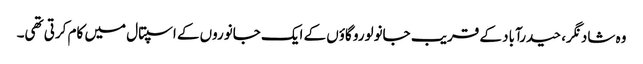
وہ شاد نگر، حیدرآباد کے قریب جانولورو گاؤں کے ایک جانوروں کے اسپتال میں کام کرتی تھی۔